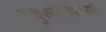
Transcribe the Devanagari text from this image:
करचुकवेगिरीप्रकरणी